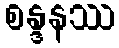
စန္ဒနဿ